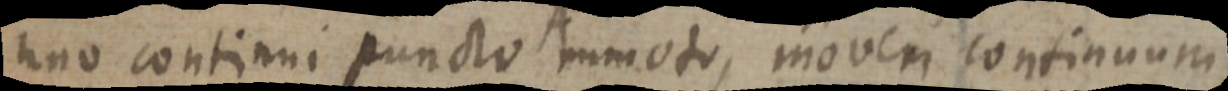
uno continui puncto Ammoto, moveri continuum